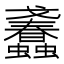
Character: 𧕹